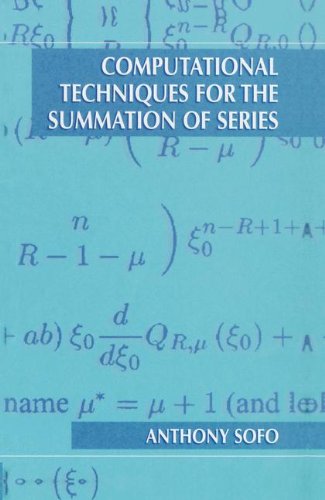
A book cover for Computational Techniques for the Summation of Series; Anthony Sofo; Computers & Technology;